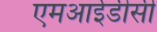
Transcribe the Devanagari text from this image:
एमआईडीसी